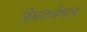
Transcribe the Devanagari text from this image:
हिंसकतेलाच